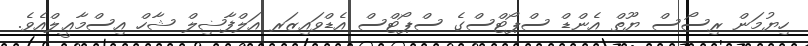
ހިޔުމަން ރިސޯސް ޔޫތް އެންޑް ސްޕޯޓްސްގެ ސްޕޯޓްސް އެޑްވައިޒަރ އަލްފާޟިލް ޝާހް އިސްމާޢީލްއެވެ.